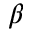
\beta